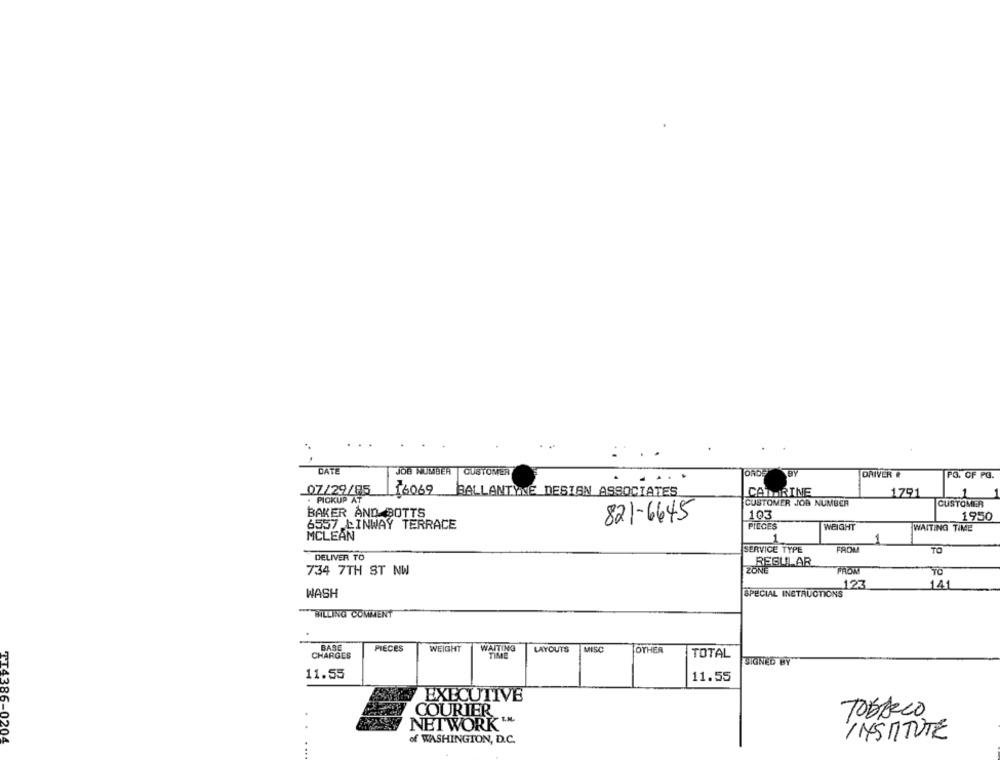
DATE
JOB NUMBER
CUSTOMER
BY
DRIVER #
PG. OF PO.
07/29/85
16069
BALLANTYNE DESIGN ASSOCIATES
CATHRINE
1791
. PICKUP AT
CUSTOMER JOB NUMBER
CUSTOMER
BAKER AND BOTTS
821-6645
103
1950
6557 LINWAY TERRACE
PIECES
WEIGHT
WAITING TIME
MCLEAN
SERVICE TYPE
FROM
TO
DELIVER TO
REGULAR
734 7TH ST NW
ZONE
PROW
TO
123
141
WASH
SPECIAL INSTRUCTIONS
BILLING COMMENT
BASE
WAITING
CHARGES
PIECES
WEIGHT
TIME
LAYOUTS
MISC
OTHER
TOTAL
SIGNED BY
11.55
11.55
EXECUTIVE
COURIER
TOBARLO
NETWORK ".
INSTITUTE
TT4386-0204
of WASHINGTON, D.C.
...